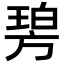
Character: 𣄋